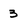
Character: 3